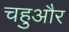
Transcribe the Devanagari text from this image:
चहुऔर